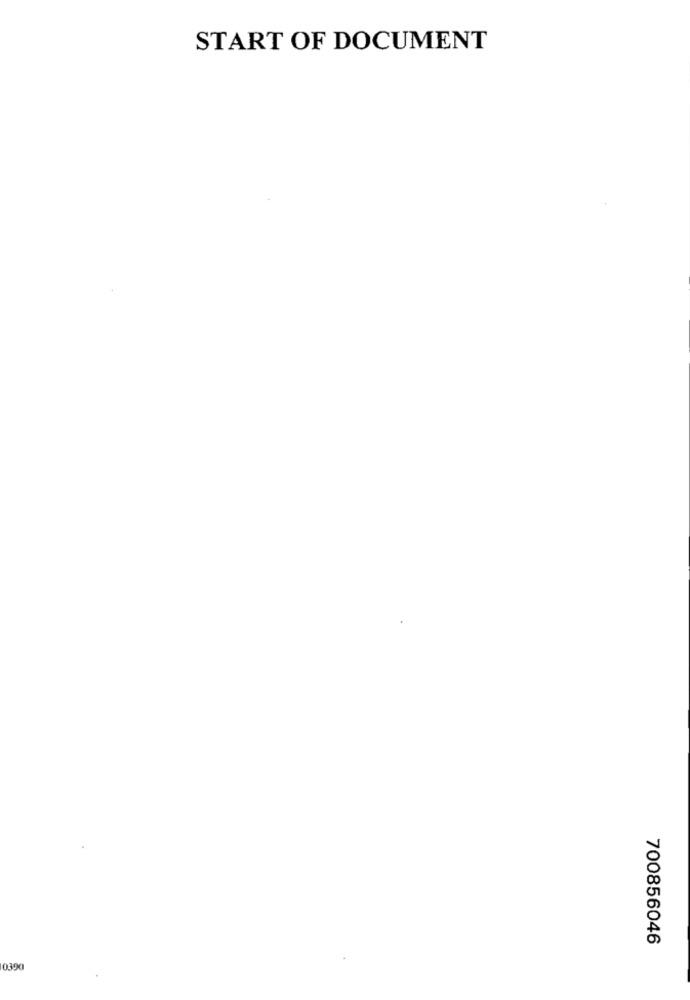
START OF DOCUMENT
700856046
10390